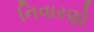
નિવારણો